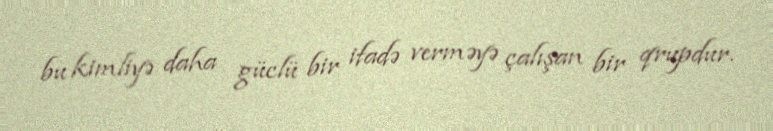
bu kimliyə daha güclü bir ifadə verməyə çalışan bir qrupdur.